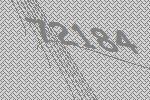
72184